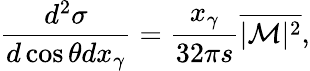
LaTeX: \frac{d^{2}\sigma}{d\cos\theta dx_{\gamma}}=\frac{x_{\gamma}}{32\pi s}\overline{{{|\mathcal{M}|^{2}}}},